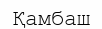
Қамбаш